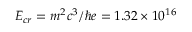
E _ { c r } = m ^ { 2 } c ^ { 3 } / \hbar e = 1 . 3 2 \times 1 0 ^ { 1 6 }